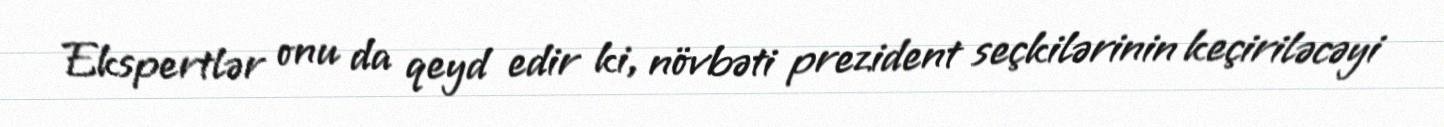
Ekspertlər onu da qeyd edir ki, növbəti prezident seçkilərinin keçiriləcəyi